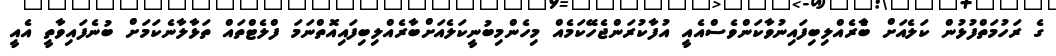
ގެ ރަހުމަތްފުޅުން ކަލެއަށް ބާެރެއްލިބިފައިނުވާކަންވެސްއެއީ އުފާކުރަންޖެހޭކަމެއް މިހެންމިބުނީކަލެއަށްބާރެއްލިބިފައިއޮތްނަމަ ފްލެޓްތައް ތަޅާލާނެކަމަށް ބުނެފައިވާތީ އެއީ